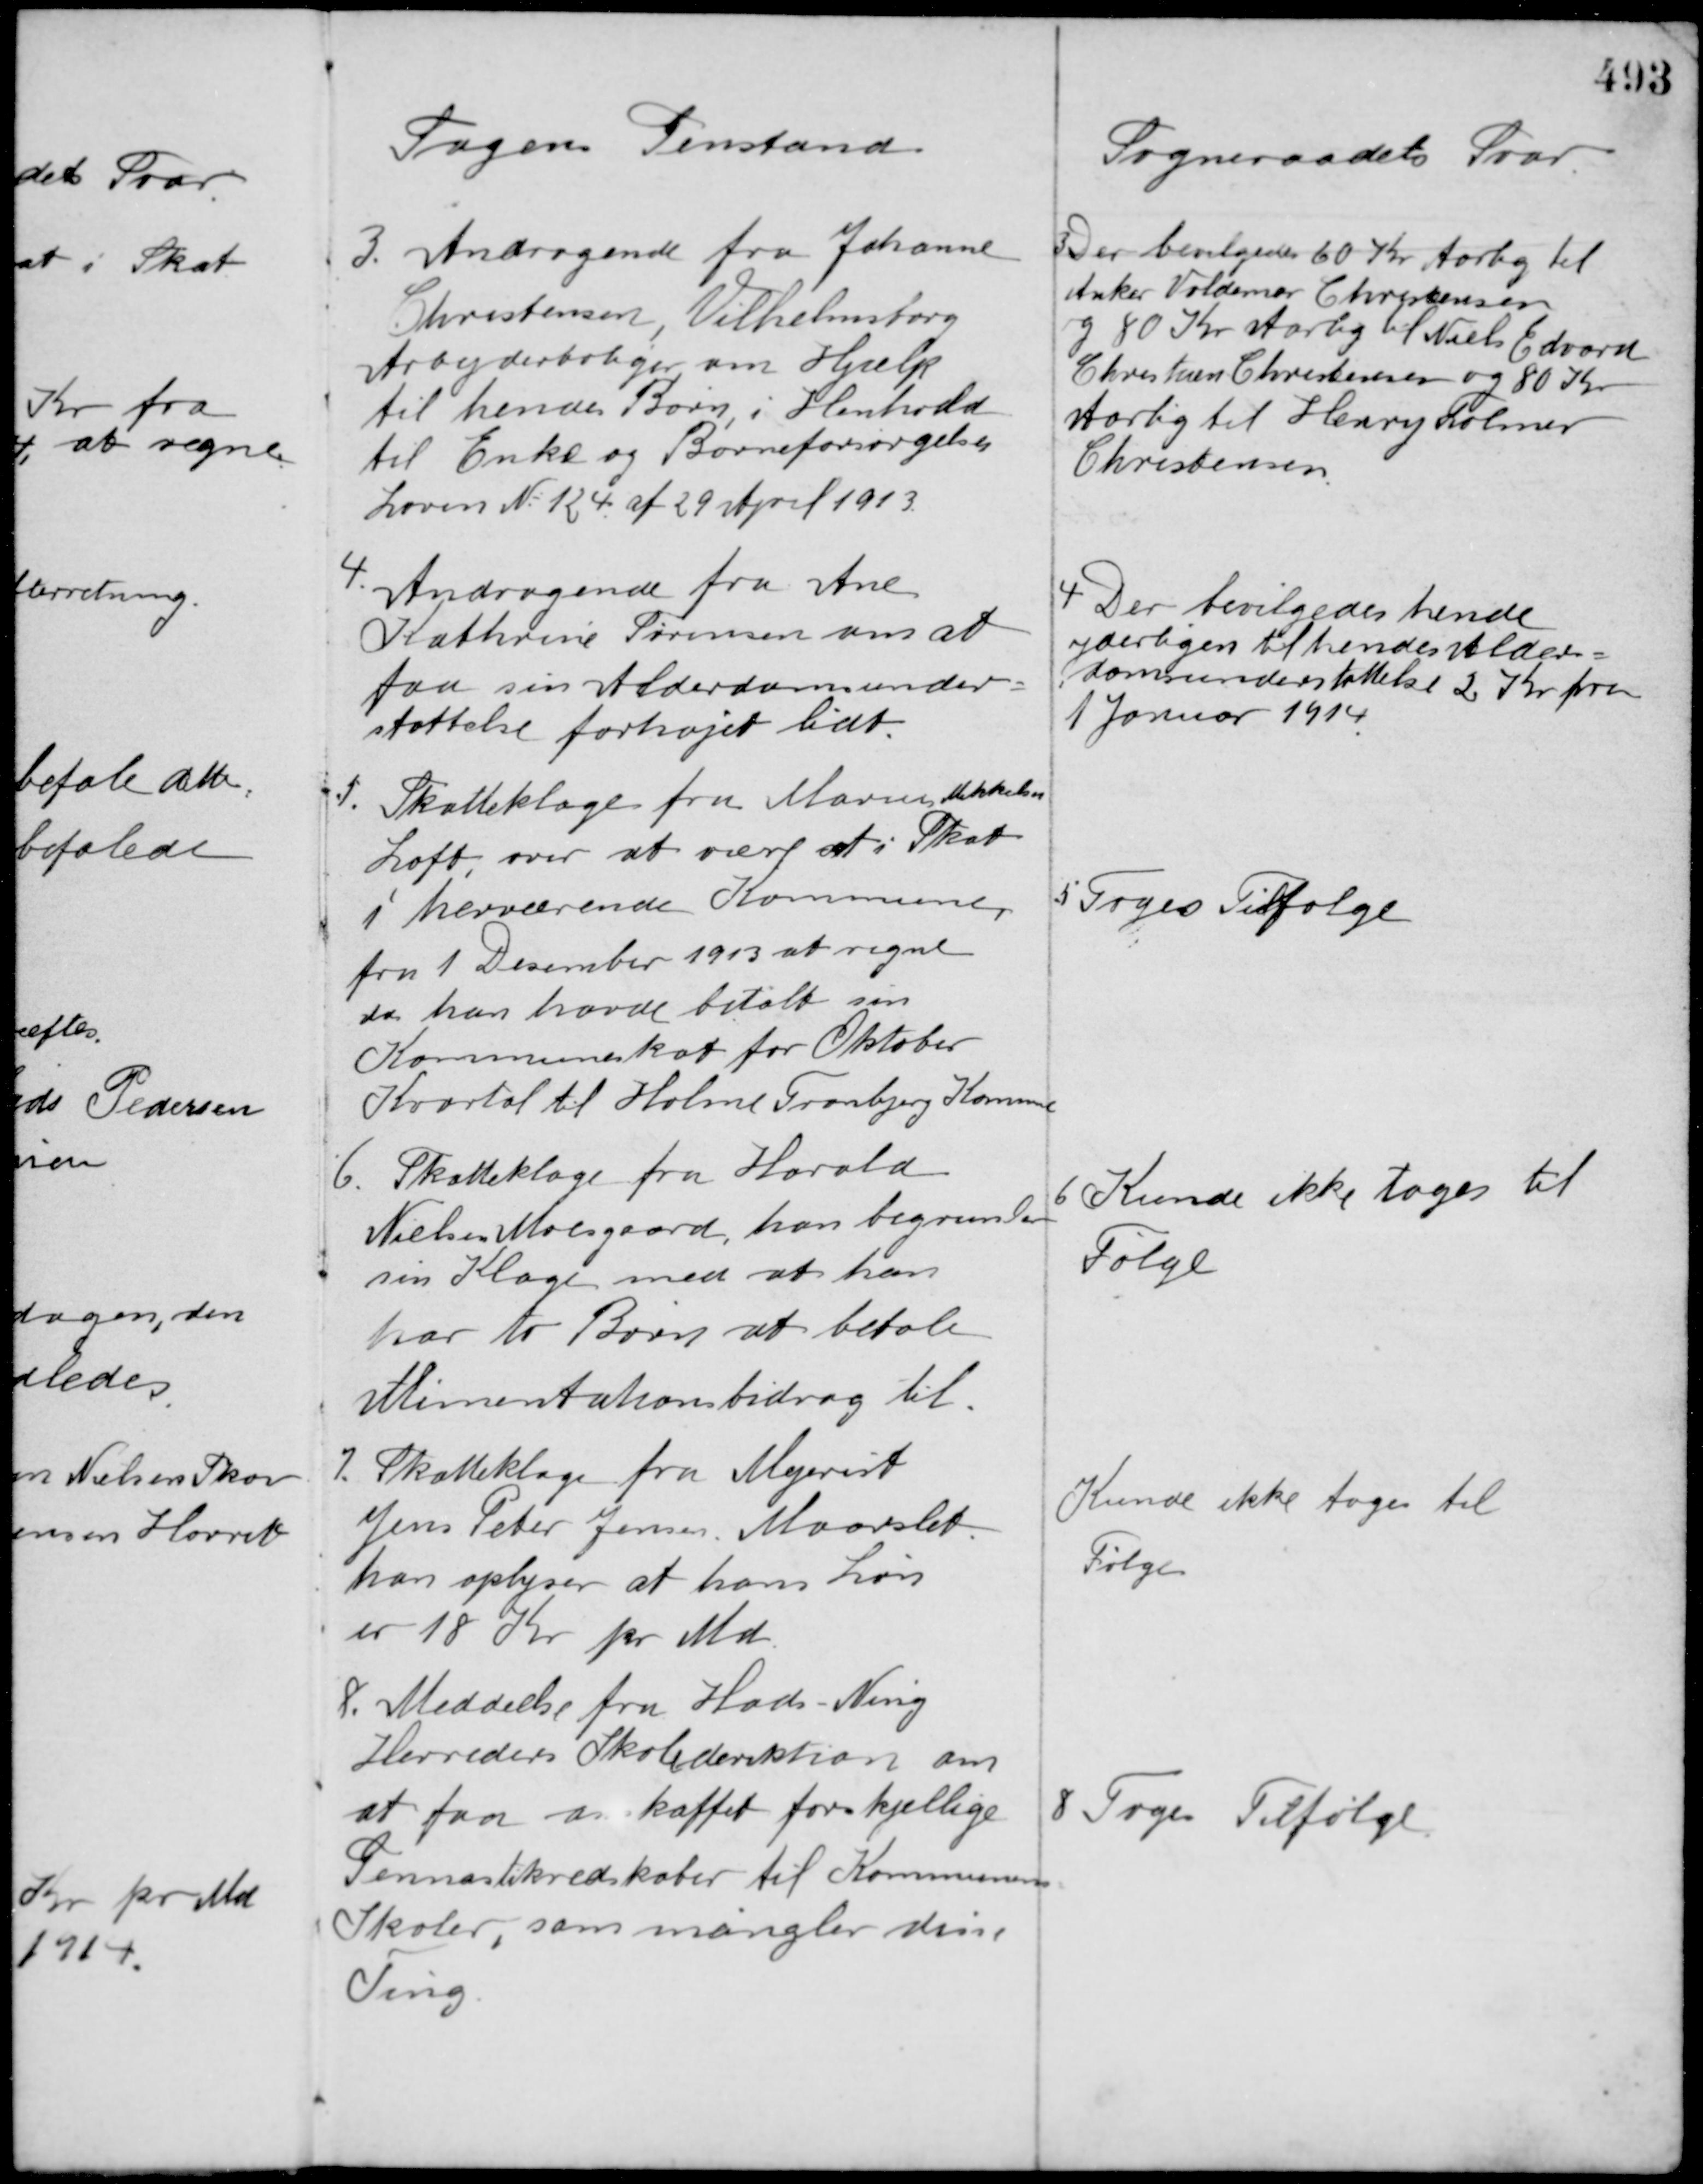
Transskription:
Sagens Genstand

Sogneraadets Svar

3. Andragende fra Johanne
Christensen, Vilhelmsborg
Arbejderboliger om Hjælp
til hendes Børn, i Henhold
til Enke og Børneforsørgelses
Loven No 124 af 29 April 1913.

Der bevilgedes 60 Kr. Aarlig til
Anker Valdemar Christensen
og 80 Kr. Aarlig til Niels Edvard
Christian Christensen og 80 Kr.
Aarlig til Henry Folmer
Christensen.

4. Andragende fra Ane
Kathrine Sørensen om at
faa sin Alderdomsunder-
støttelse forhøjet lidt.

4. Der bevilgedes hende
yderligere til hendes Alder-
domsunderstøttelse 2 Kr. fra
1 Januar 1914.

5. Skatteklage fra Marius Mikkelsen
Loft, over at være sat i Skat
i herværende Kommune,
fra 1 December 1913 at regne
da han havde betalt sin
Kommuneskat for Oktober
Kvartal til Holme Tranbjerg Kommune.

5 Toges Tilfølge

6. Skatteklage fra Harald
Nielsen Moesgaard, han begrunder
sin Klage med at han
har to Børn at betale
Alimentationsbidrag til.

6 Kunde ikke tages til
Følge

7. Skatteklage fra Mejerist
Jens Peter Jensen Maarslet.
han oplyser at hans Løn
er 18 Kr. pr Md

Kunde ikke tages til
Følge

8. Meddelelse fra Hads - Ning
Herreders Skoledirektion om
at faa anskaffet forskjellige
Gennastikredskaber til Kommunens
Skoler, som mangler disse
Ting.

8 Toges Tilfølge